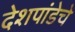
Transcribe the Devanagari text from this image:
देशपांडेचे